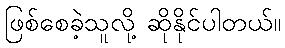
ဖြစ်စေခဲ့သူလို့ ဆိုနိုင်ပါတယ်။